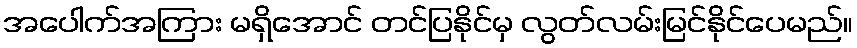
အပေါက်အကြား မရှိအောင် တင်ပြနိုင်မှ လွတ်လမ်းမြင်နိုင်ပေမည်။